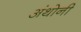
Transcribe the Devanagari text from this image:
अंथोनी